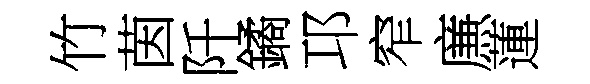
竹茵阡鐍邛窄㢘蓮